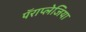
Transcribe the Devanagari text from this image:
पॅराप्लेजिया